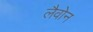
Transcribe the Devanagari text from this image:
लैवोन